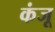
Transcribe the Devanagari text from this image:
कंजू